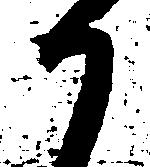
候